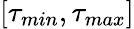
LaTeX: [\tau_{min},\tau_{max}]